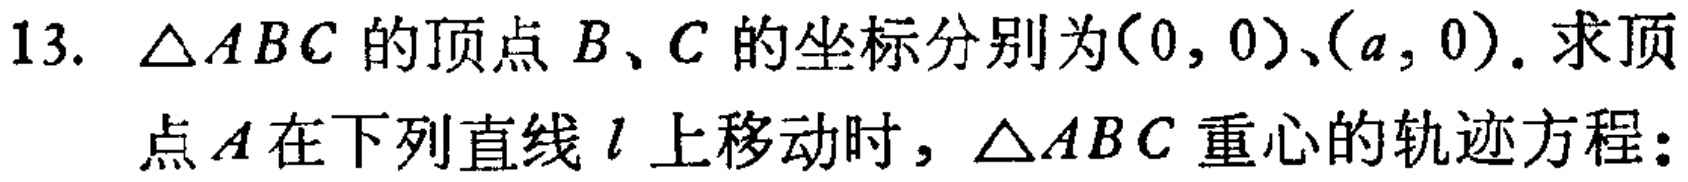
13. $\triangle ABC$的顶点$B$、$C$的坐标分别为$(0,0)$、$(a,0)$. 求顶
点$A$在下列直线$l$上移动时，$\triangle ABC$重心的轨迹方程：